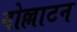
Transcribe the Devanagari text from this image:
वोल्लाटन